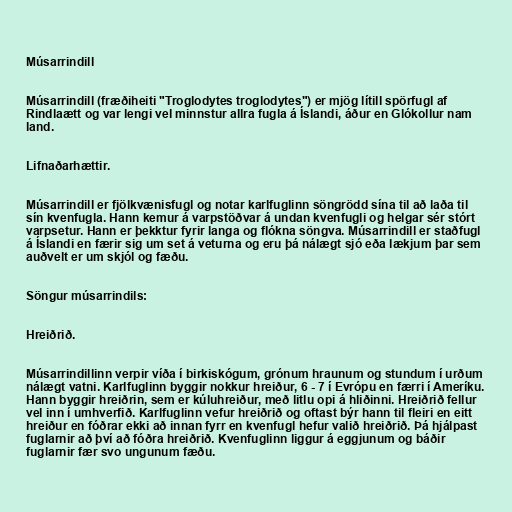
Músarrindill

Músarrindill (fræðiheiti "Troglodytes troglodytes") er mjög lítill spörfugl af
Rindlaætt og var lengi vel minnstur allra fugla á Íslandi, áður en Glókollur nam
land.

Lifnaðarhættir.

Músarrindill er fjölkvænisfugl og notar karlfuglinn söngrödd sína til að laða til
sín kvenfugla. Hann kemur á varpstöðvar á undan kvenfugli og helgar sér stórt
varpsetur. Hann er þekktur fyrir langa og flókna söngva. Músarrindill er staðfugl
á Íslandi en færir sig um set á veturna og eru þá nálægt sjó eða lækjum þar sem
auðvelt er um skjól og fæðu.

Söngur músarrindils:

Hreiðrið.

Músarrindillinn verpir víða í birkiskógum, grónum hraunum og stundum í urðum
nálægt vatni. Karlfuglinn byggir nokkur hreiður, 6 - 7 í Evrópu en færri í Ameríku.
Hann byggir hreiðrin, sem er kúluhreiður, með litlu opi á hliðinni. Hreiðrið fellur
vel inn í umhverfið. Karlfuglinn vefur hreiðrið og oftast býr hann til fleiri en eitt
hreiður en fóðrar ekki að innan fyrr en kvenfugl hefur valið hreiðrið. Þá hjálpast
fuglarnir að því að fóðra hreiðrið. Kvenfuglinn liggur á eggjunum og báðir
fuglarnir fær svo ungunum fæðu.